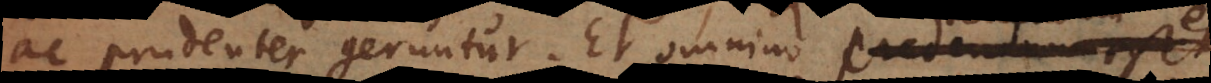
ac prudenter geruntur. Et omnino credendum